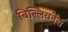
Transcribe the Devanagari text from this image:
बिल्लियनेर्स